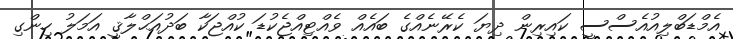
އެމްޑަބްލިއުއެސްސީ ކައިރިން ދިޔަ ކެރޭނެއްގެ ބައެއްް ވެއްޓިއްޖެކުޑަ ކުއްޖަކާ ބަދުއަޙްލާޤީ އަމަލު ހިންގި